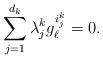
LaTeX: \begin{align*}\sum_{j=1}^{d_{k}}\lambda_{j}^{k}g_{\ell}^{i_{j}^{k}}=0.\end{align*}